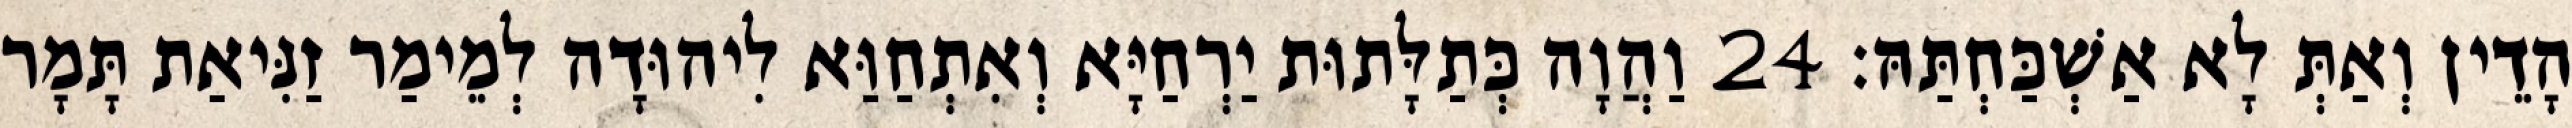
הָדֵין וְאַתְּ לָא אַשְׁכַּחְתַּהּ׃ 24 וַהֲוָה כְּתַלָּתוּת יַרְחַיָּא וְאִתְחַוַּא לִיהוּדָה לְמֵימַר זַנִּיאַת תָּמָר